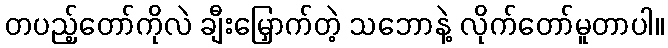
တပည့်တော်ကိုလဲ ချီးမြှောက်တဲ့ သဘောနဲ့ လိုက်တော်မူတာပါ။